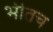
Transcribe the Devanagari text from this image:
भीतच